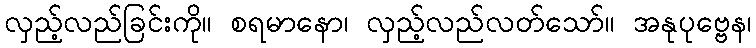
လှည့်လည်ခြင်းကို။ စရမာနော၊ လှည့်လည်လတ်သော်။ အနုပုဗ္ဗေန၊